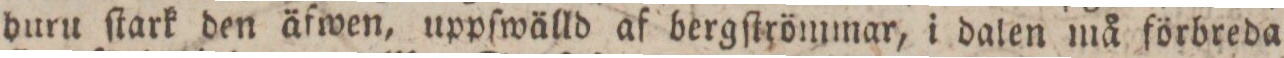
duru ſtark den äfwen, uppſwälld af bergſtrömmar, i dalen må förbreda